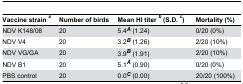
| Vaccine strain a | Number of birds | Mean HI titer b (S.D. c) | Mortality (%) |
 | --- | --- | --- | --- |
 | NDV K148/08 | 20 | 5.4A (1.24) | 0/20 (0%) |
 | NDV V4 | 20 | 3.2B (1.26) | 2/20 (10%) |
 | NDV VG/GA | 20 | 3.9B (1.91) | 2/20 (10%) |
 | NDV B1 | 20 | 5.1A (0.90) | 0/20 (0%) |
 | PBS control | 20 | 0.0C (0.00) | 20/20 (100%) |